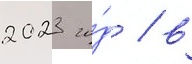
2023 го́д / в